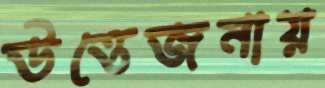
উত্তেজনায়